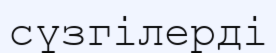
сүзгілерді